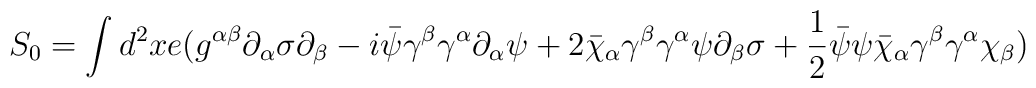
S_0=\int d^2 xe(g^{\alpha\beta}\partial_\alpha\sigma\partial_\beta-i\bar\psi\gamma^\beta\gamma^\alpha\partial_\alpha\psi+2\bar\chi_\alpha\gamma^\beta\gamma^\alpha\psi\partial_\beta\sigma+\frac{1}{2}\bar\psi\psi\bar\chi_\alpha\gamma^\beta\gamma^\alpha\chi_\beta)